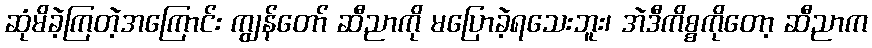
ဆုံမိခဲ့ကြတဲ့အကြောင်း ကျွန်တော် ဆီညာကို မပြောခဲ့ရသေးဘူး၊ အဲဒီကိစ္စကိုတော့ ဆီညာက